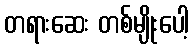
တရားဆေး တစ်မျိုးပေါ့